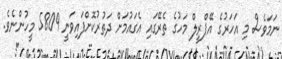
ނަމަވެސް މި އަހަރުގެ އޭޕްރީލް މަހުގެ ތެރޭގައި އެގައުމަށް ދަތުރުކޮށްފައިވަނީ 5809 މީހުންނެވެ.